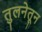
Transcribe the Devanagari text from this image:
तुलनेतून